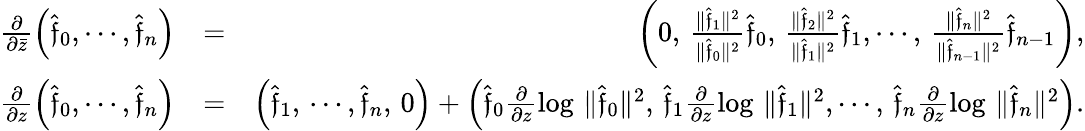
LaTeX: \begin{array}{rlr}{\frac{\partial}{\partial\bar{z}}\left(\hat{\mathfrak f}_{0},\cdots,\hat{\mathfrak f}_{n}\right)}&{=}&{\left(0,\, \frac{\| \hat{\mathfrak f}_{1}\| ^{2}}{\| \hat{\mathfrak f}_{0}\| ^{2}}\hat{\mathfrak f}_{0},\, \frac{\| \hat{\mathfrak f}_{2}\| ^{2}}{\| \hat{\mathfrak f}_{1}\| ^{2}}\hat{\mathfrak f}_{1},\cdots,\, \frac{\| \hat{\mathfrak f}_{n}\| ^{2}}{\| \hat{\mathfrak f}_{n-1}\| ^{2}}\hat{\mathfrak f}_{n-1}\right),}\\ {\frac{\partial}{\partial z}\left(\hat{\mathfrak f}_{0},\cdots,\hat{\mathfrak f}_{n}\right)}&{=}&{\left(\hat{\mathfrak f}_{1},\, \cdots,\hat{\mathfrak f}_{n},\, 0\right)+\left(\hat{\mathfrak f}_{0}\frac{\partial}{\partial z}\log\, \| \hat{\mathfrak f}_{0}\| ^{2},\, \hat{\mathfrak f}_{1}\frac{\partial}{\partial z}\log\, \| \hat{\mathfrak f}_{1}\| ^{2},\cdots,\, \hat{\mathfrak f}_{n}\frac{\partial}{\partial z}\log\, \| \hat{\mathfrak f}_{n}\| ^{2}\right).}\end{array}